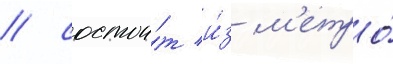
/ состои́т и́з м'етро́